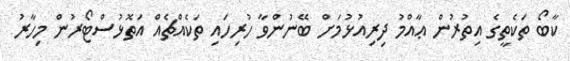
ކާބޯ ތަކެތީގެ އިތުރުން ޢާއްމު ދިރިއުޅުމަށް ބޭނުންވާ ހުރިހައި ތަކެއްޗެއް އަތޮޅުސްޓޯރުން މިހާރު